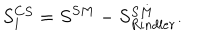
S _ { 1 } ^ { C S } = S ^ { S M } - S _ { R i n d l e r } ^ { S M } .